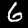
Digit: 6